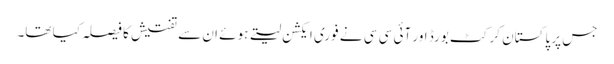
جس پر پاکستان کرکٹ بورڈ اور آئی سی سی نے فوری ایکشن لیتے ہوئے ان سے تفتیش کا فیصلہ کیا تھا۔